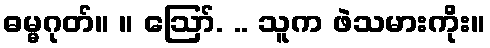
ဓမ္မဂုတ်။ ။ ဪ. .. သူက ဖဲသမားကိုး။